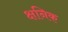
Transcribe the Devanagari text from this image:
क्षनिक